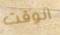
الوقت